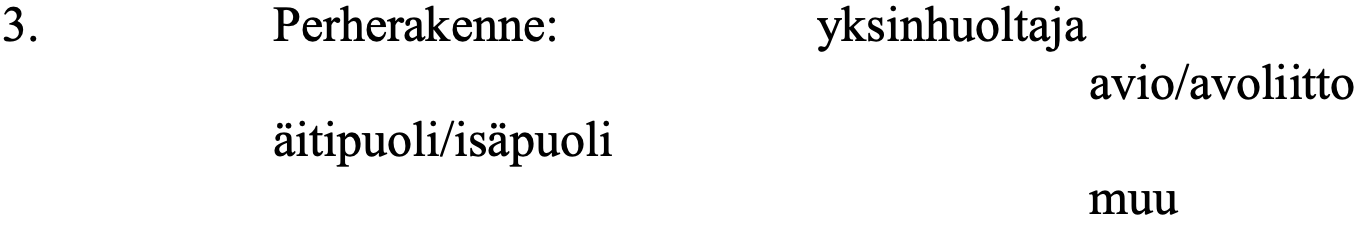
3.       Perherakenne:     yksinhuoltaja avio/avoliitto äitipuoli/isäpuoli muu